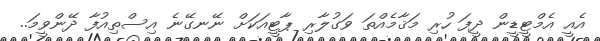
އެއީ އެމްޓީޑީން ދީފަ ހުރި މަޤާމެއްތަ ވަގުލާރި ޕާޓީއަކަށް ނޭނގޭނެ އިސްތިއުފާ ދޭންވީމަ..